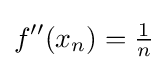
f''(x_{n})={\tfrac {1}{n}}